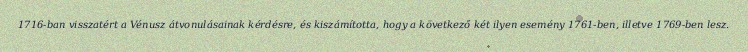
1716-ban visszatért a Vénusz átvonulásainak kérdésre, és kiszámította, hogy a következő két ilyen esemény 1761-ben, illetve 1769-ben lesz.